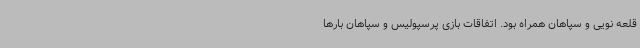
قلعه نویی و سپاهان همراه بود. اتفاقات بازی پرسپولیس و سپاهان بارها